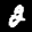
Label: 2